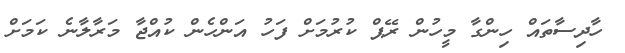
ހާދިސާތައް ހިންގާ މީހުން ރޭޕް ކުރުމަށް ފަހު އަންހެން ކުއްޖާ މަރާލާނެ ކަމަށް